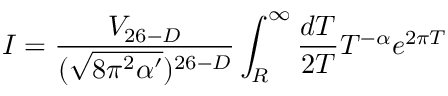
I = \frac { V _ { 2 6 - D } } { ( \sqrt { 8 \pi ^ { 2 } \alpha ^ { \prime } } ) ^ { 2 6 - D } } \int _ { R } ^ { \infty } \frac { d T } { 2 T } T ^ { - \alpha } e ^ { 2 \pi T }